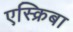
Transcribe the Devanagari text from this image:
एस्क्रिबा